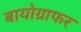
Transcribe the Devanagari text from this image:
बायोग्राफर